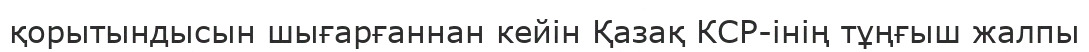
қорытындысын шығарғаннан кейін Қазақ КСР-інің тұңғыш жалпы